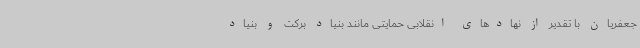
جعفریان با تقدیر از نهادهای انقلابی حمایتی مانند بنیاد برکت و بنیاد